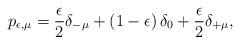
LaTeX: \begin{align*}p_{\epsilon,\mu}=\frac{\epsilon}{2}\delta_{-\mu}+\left(1-\epsilon\right)\delta_{0}+\frac{\epsilon}{2}\delta_{+\mu},\end{align*}